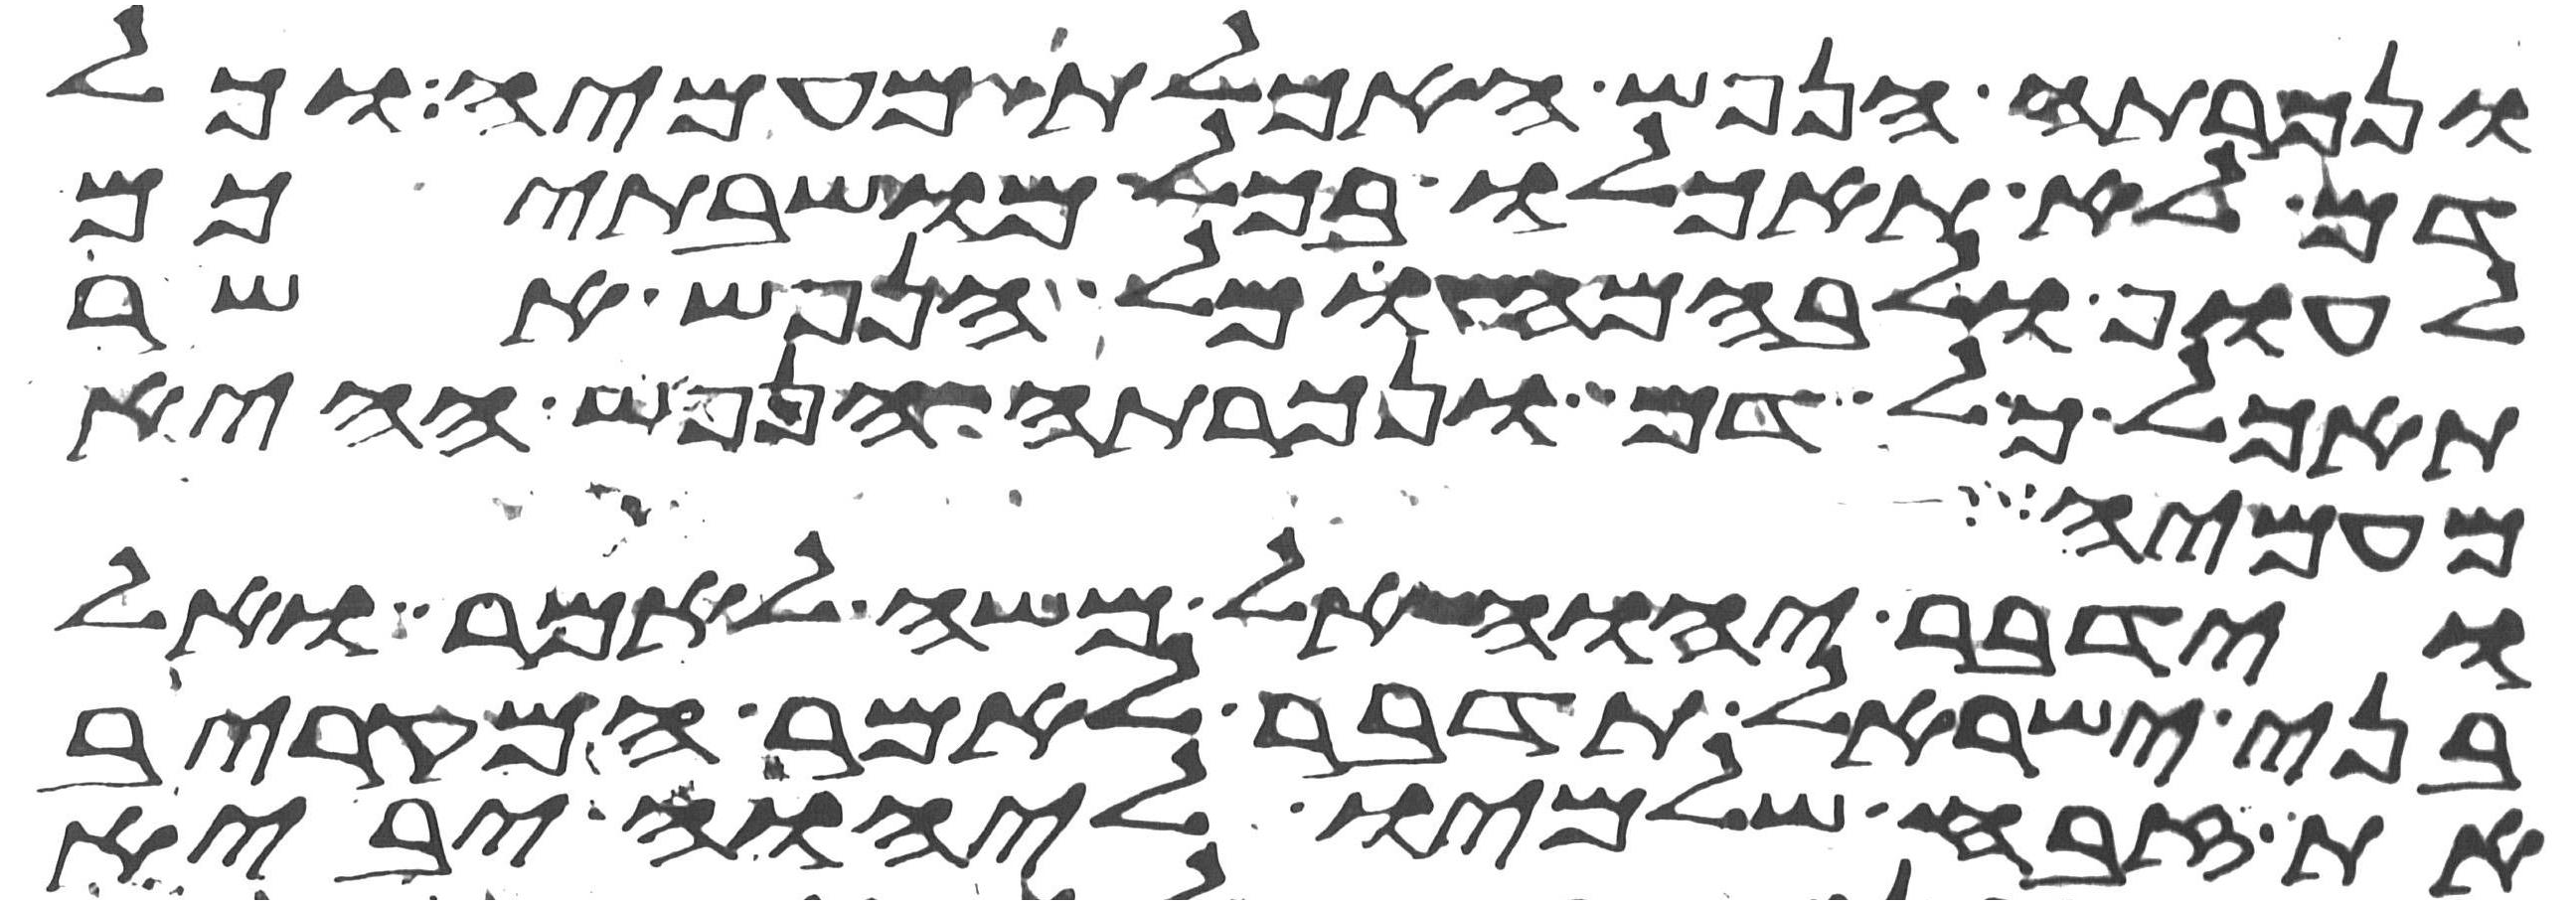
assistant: ונכרתה הנפש האכלת מעמיה וכל
דם לא תאכלו בכל מושבתיכם
לעוף ולבהמה וכל הנפש אשר
תאכל כל דם ונכרתה הנפש ההיא
מעמיה
וידבר יהוה אל משה לאמר ואל
בני ישראל תדבר לאמר המקריב
את זבח שלמיו ליהוה יביא